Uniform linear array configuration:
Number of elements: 24
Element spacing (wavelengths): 0.5
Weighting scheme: exponential
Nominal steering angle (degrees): -15
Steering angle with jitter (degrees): -13.732
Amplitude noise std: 0.05
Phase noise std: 0.05

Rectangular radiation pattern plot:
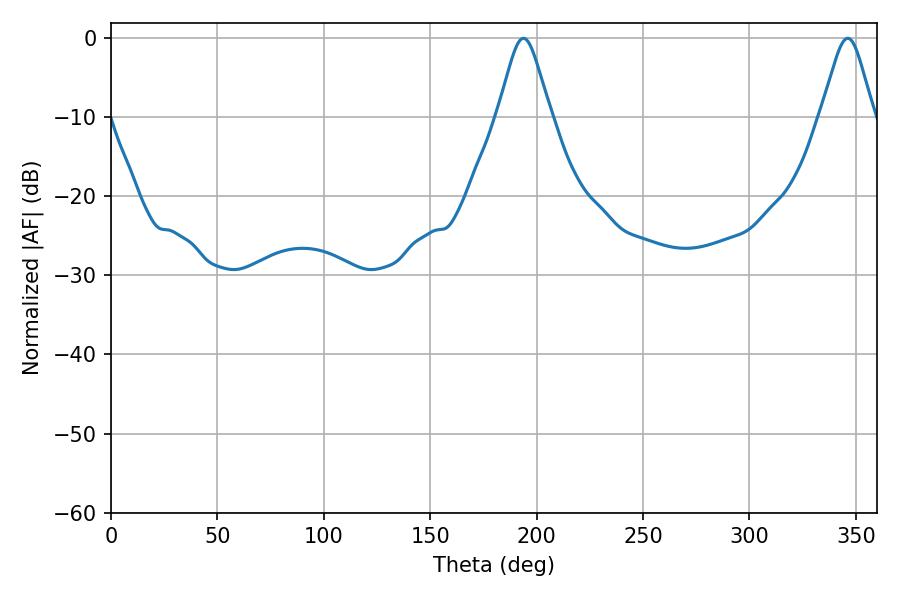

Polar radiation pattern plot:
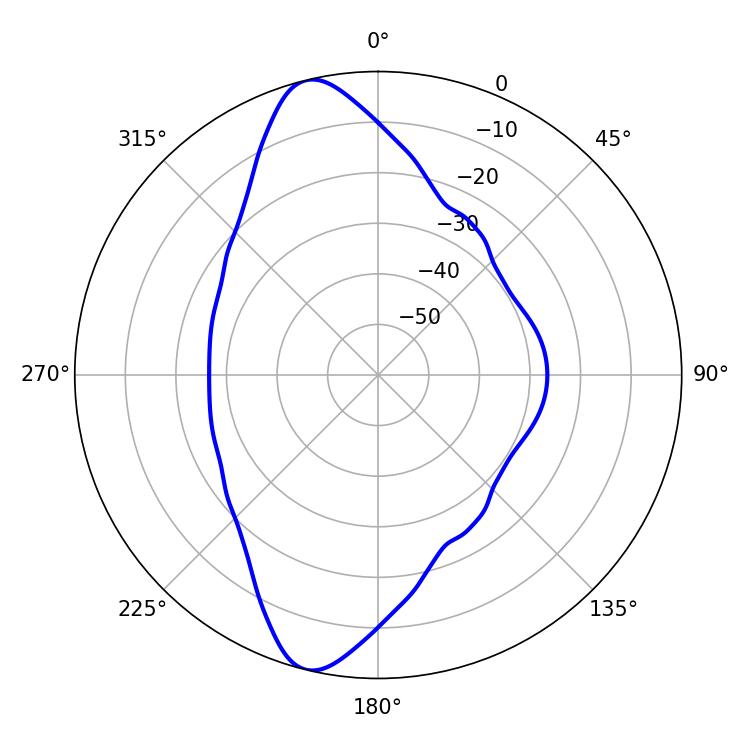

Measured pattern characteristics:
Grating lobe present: FALSE
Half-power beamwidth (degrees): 11.88
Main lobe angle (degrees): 193.86